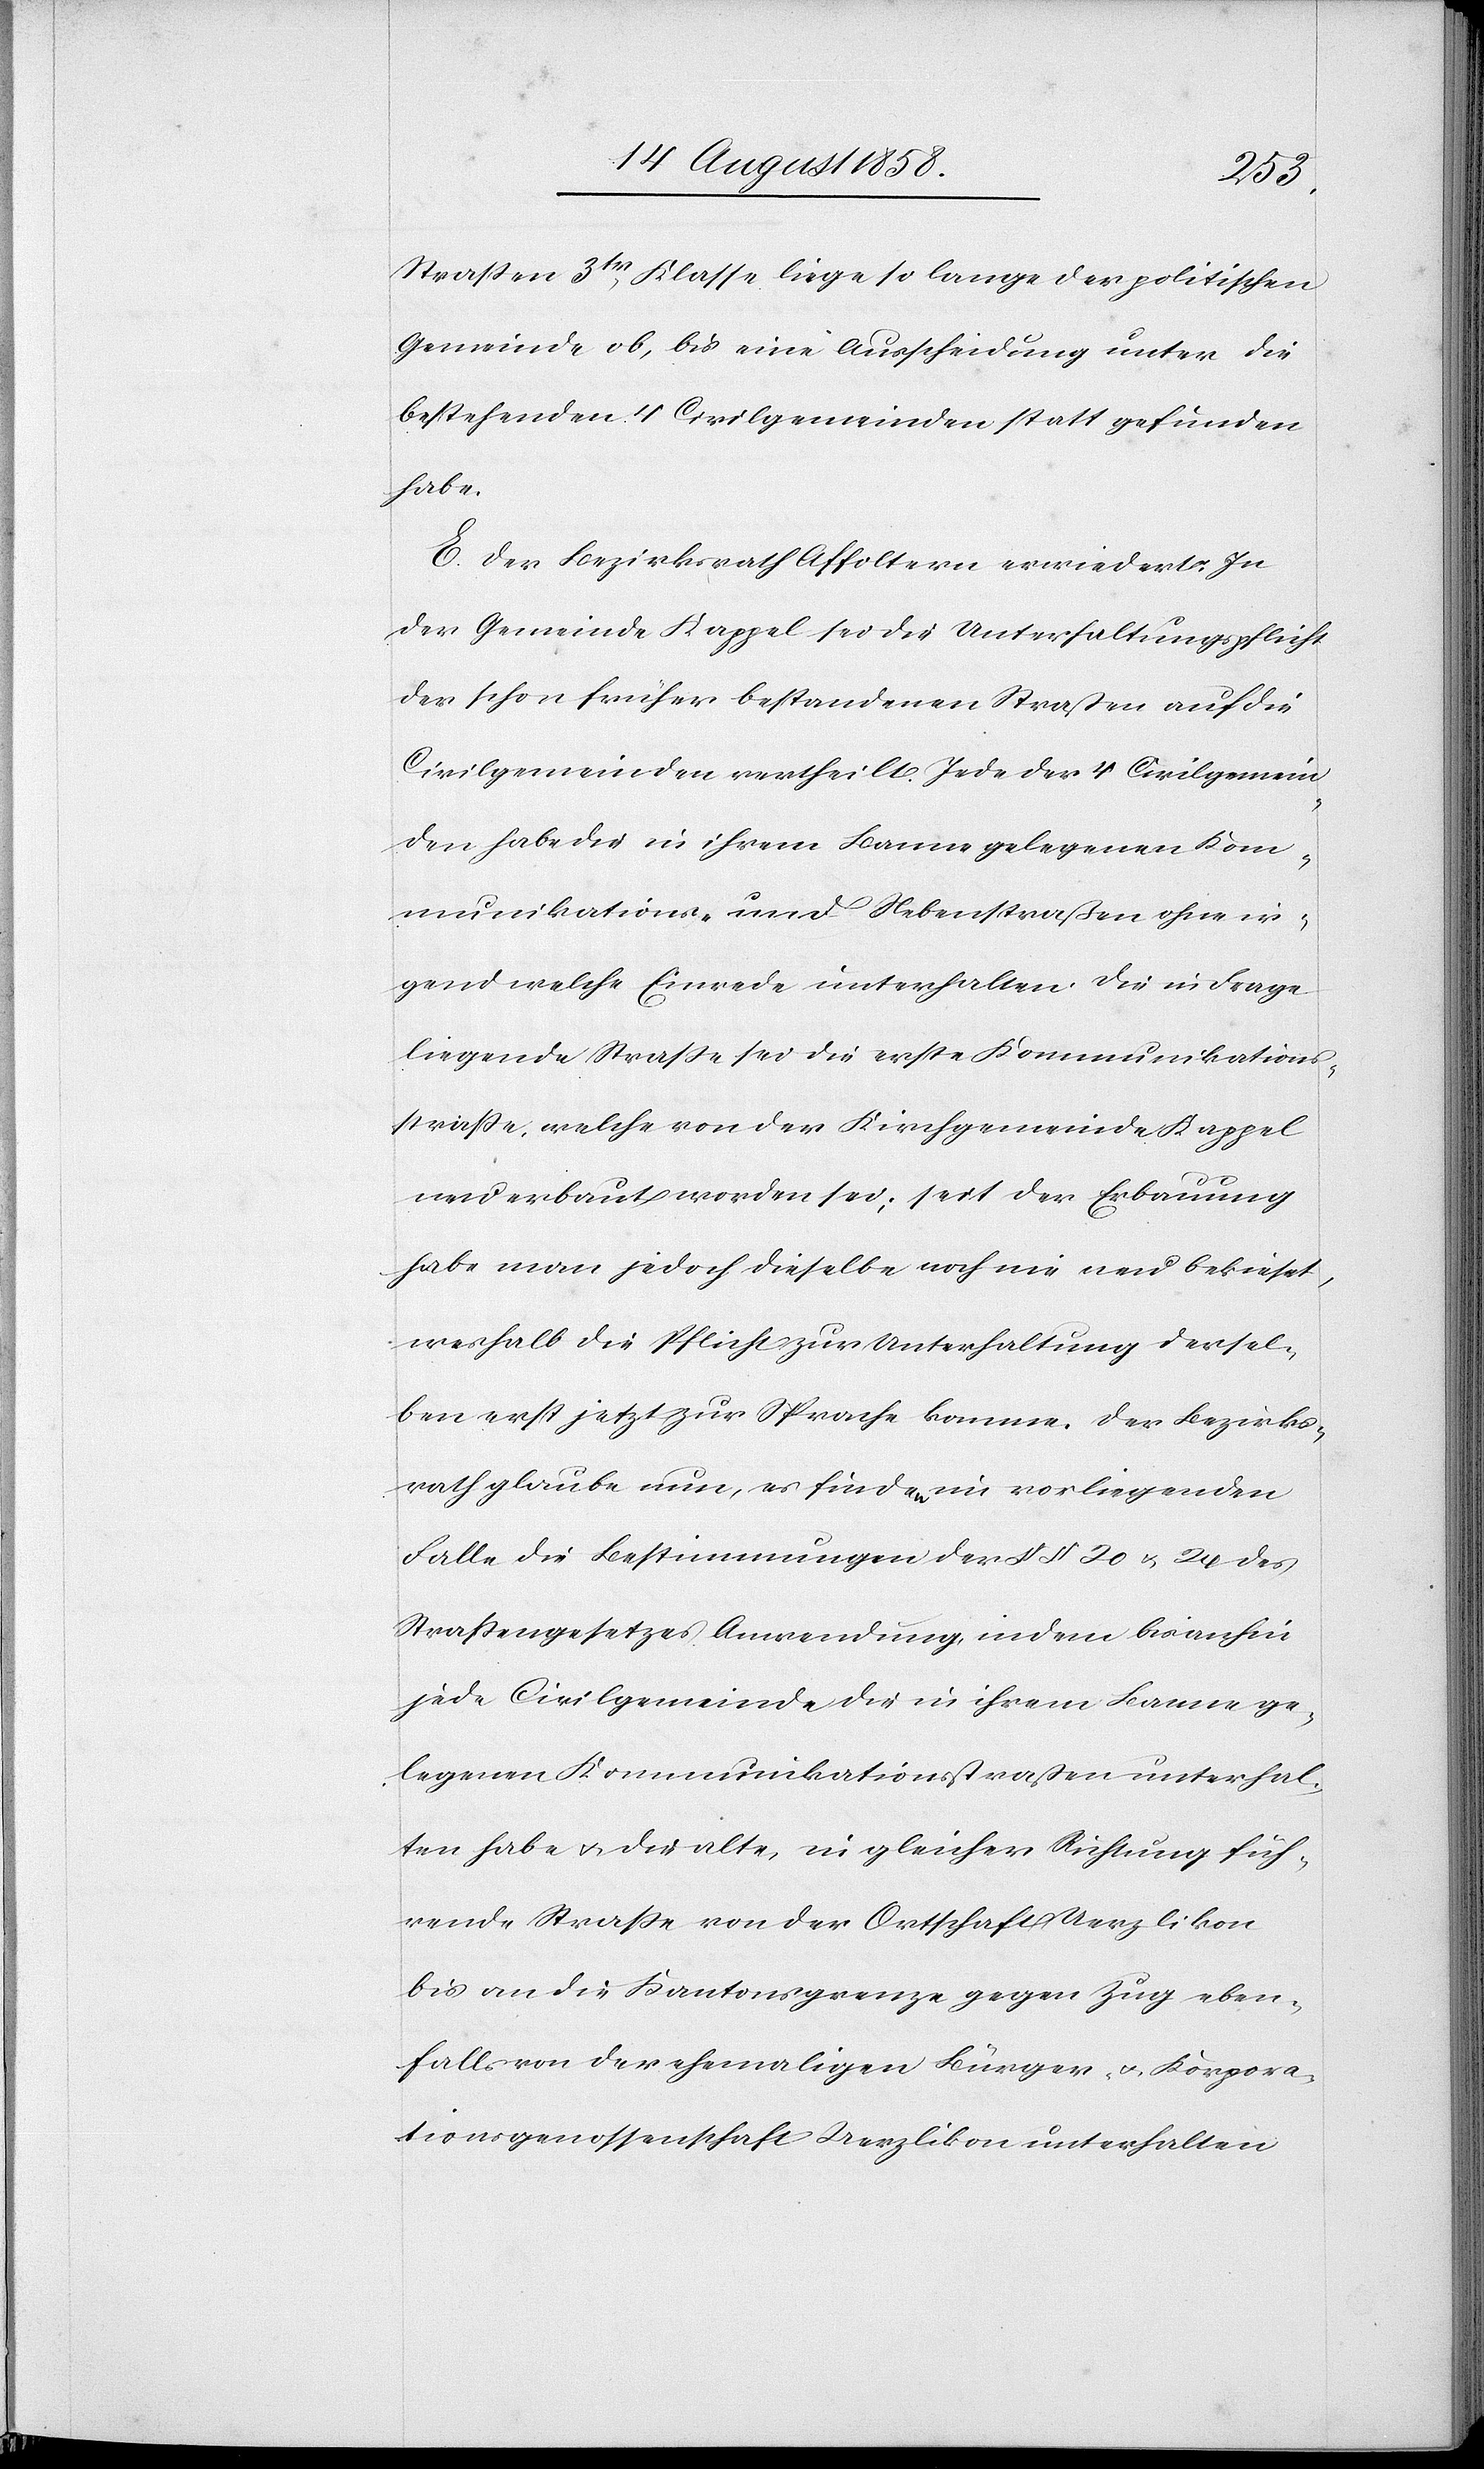
Strassen 3tr Klasse liege so lange der politischen
Gemeinde ob, bis eine Ausscheidung unter die
bestehenden 4 Civilgemeinden statt gefunden
habe.
E. Der Bezirksrath Affoltern erwiedert: In
der Gemeinde Kappel sei die Unterhaltungspflicht
der schon früher bestandenen Straßen auf die
Civilgemeinden vertheilt. Jede der 4 Civilgemein¬
den habe die in ihrem Banne gelegenen Kom¬
munikations- und Nebenstraßen ohne ir¬
gend welche Einrede unterhalten. Die in Frage
liegende Strasse sei die erste Kommunikations¬
strasse, welche von der Kirchgemeinde Kappel
neu erbaut worden sei; seit der Erbauung
habe man jedoch dieselbe noch nie neu bekieset,
weshalb die Pflicht zur Unterhaltung dersel¬
ben erst jetzt zur Sprache komme. Der Bezirks¬
rath glaube nun, es finden im vorliegenden
Falle die Bestimmungen der §§ 20 & 24 des
Straßengesetzes Anwendung, indem bisanhin
jede Civilgemeinde die in ihrem Banne ge¬
legenen Kommunikationsstraßen unterhal¬
ten habe & die alte, in gleicher Richtung füh¬
rende Straße von der Ortschaft Uerzlikon
bis an die Kantonsgrenze gegen Zug eben¬
falls von der ehemaligen Bürger- & Korpora¬
tionsgenossenschaft Uerzlikon unterhalten